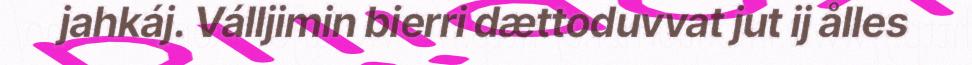
jahkáj. Válljimin bierri dættoduvvat jut ij ålles